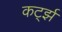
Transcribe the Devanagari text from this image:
कर्ट्झ